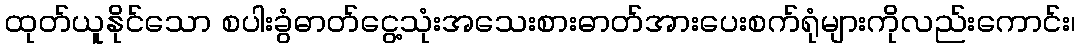
ထုတ်ယူနိုင်သော စပါးခွံဓာတ်ငွေ့သုံးအသေးစားဓာတ်အားပေးစက်ရုံများကိုလည်းကောင်း၊